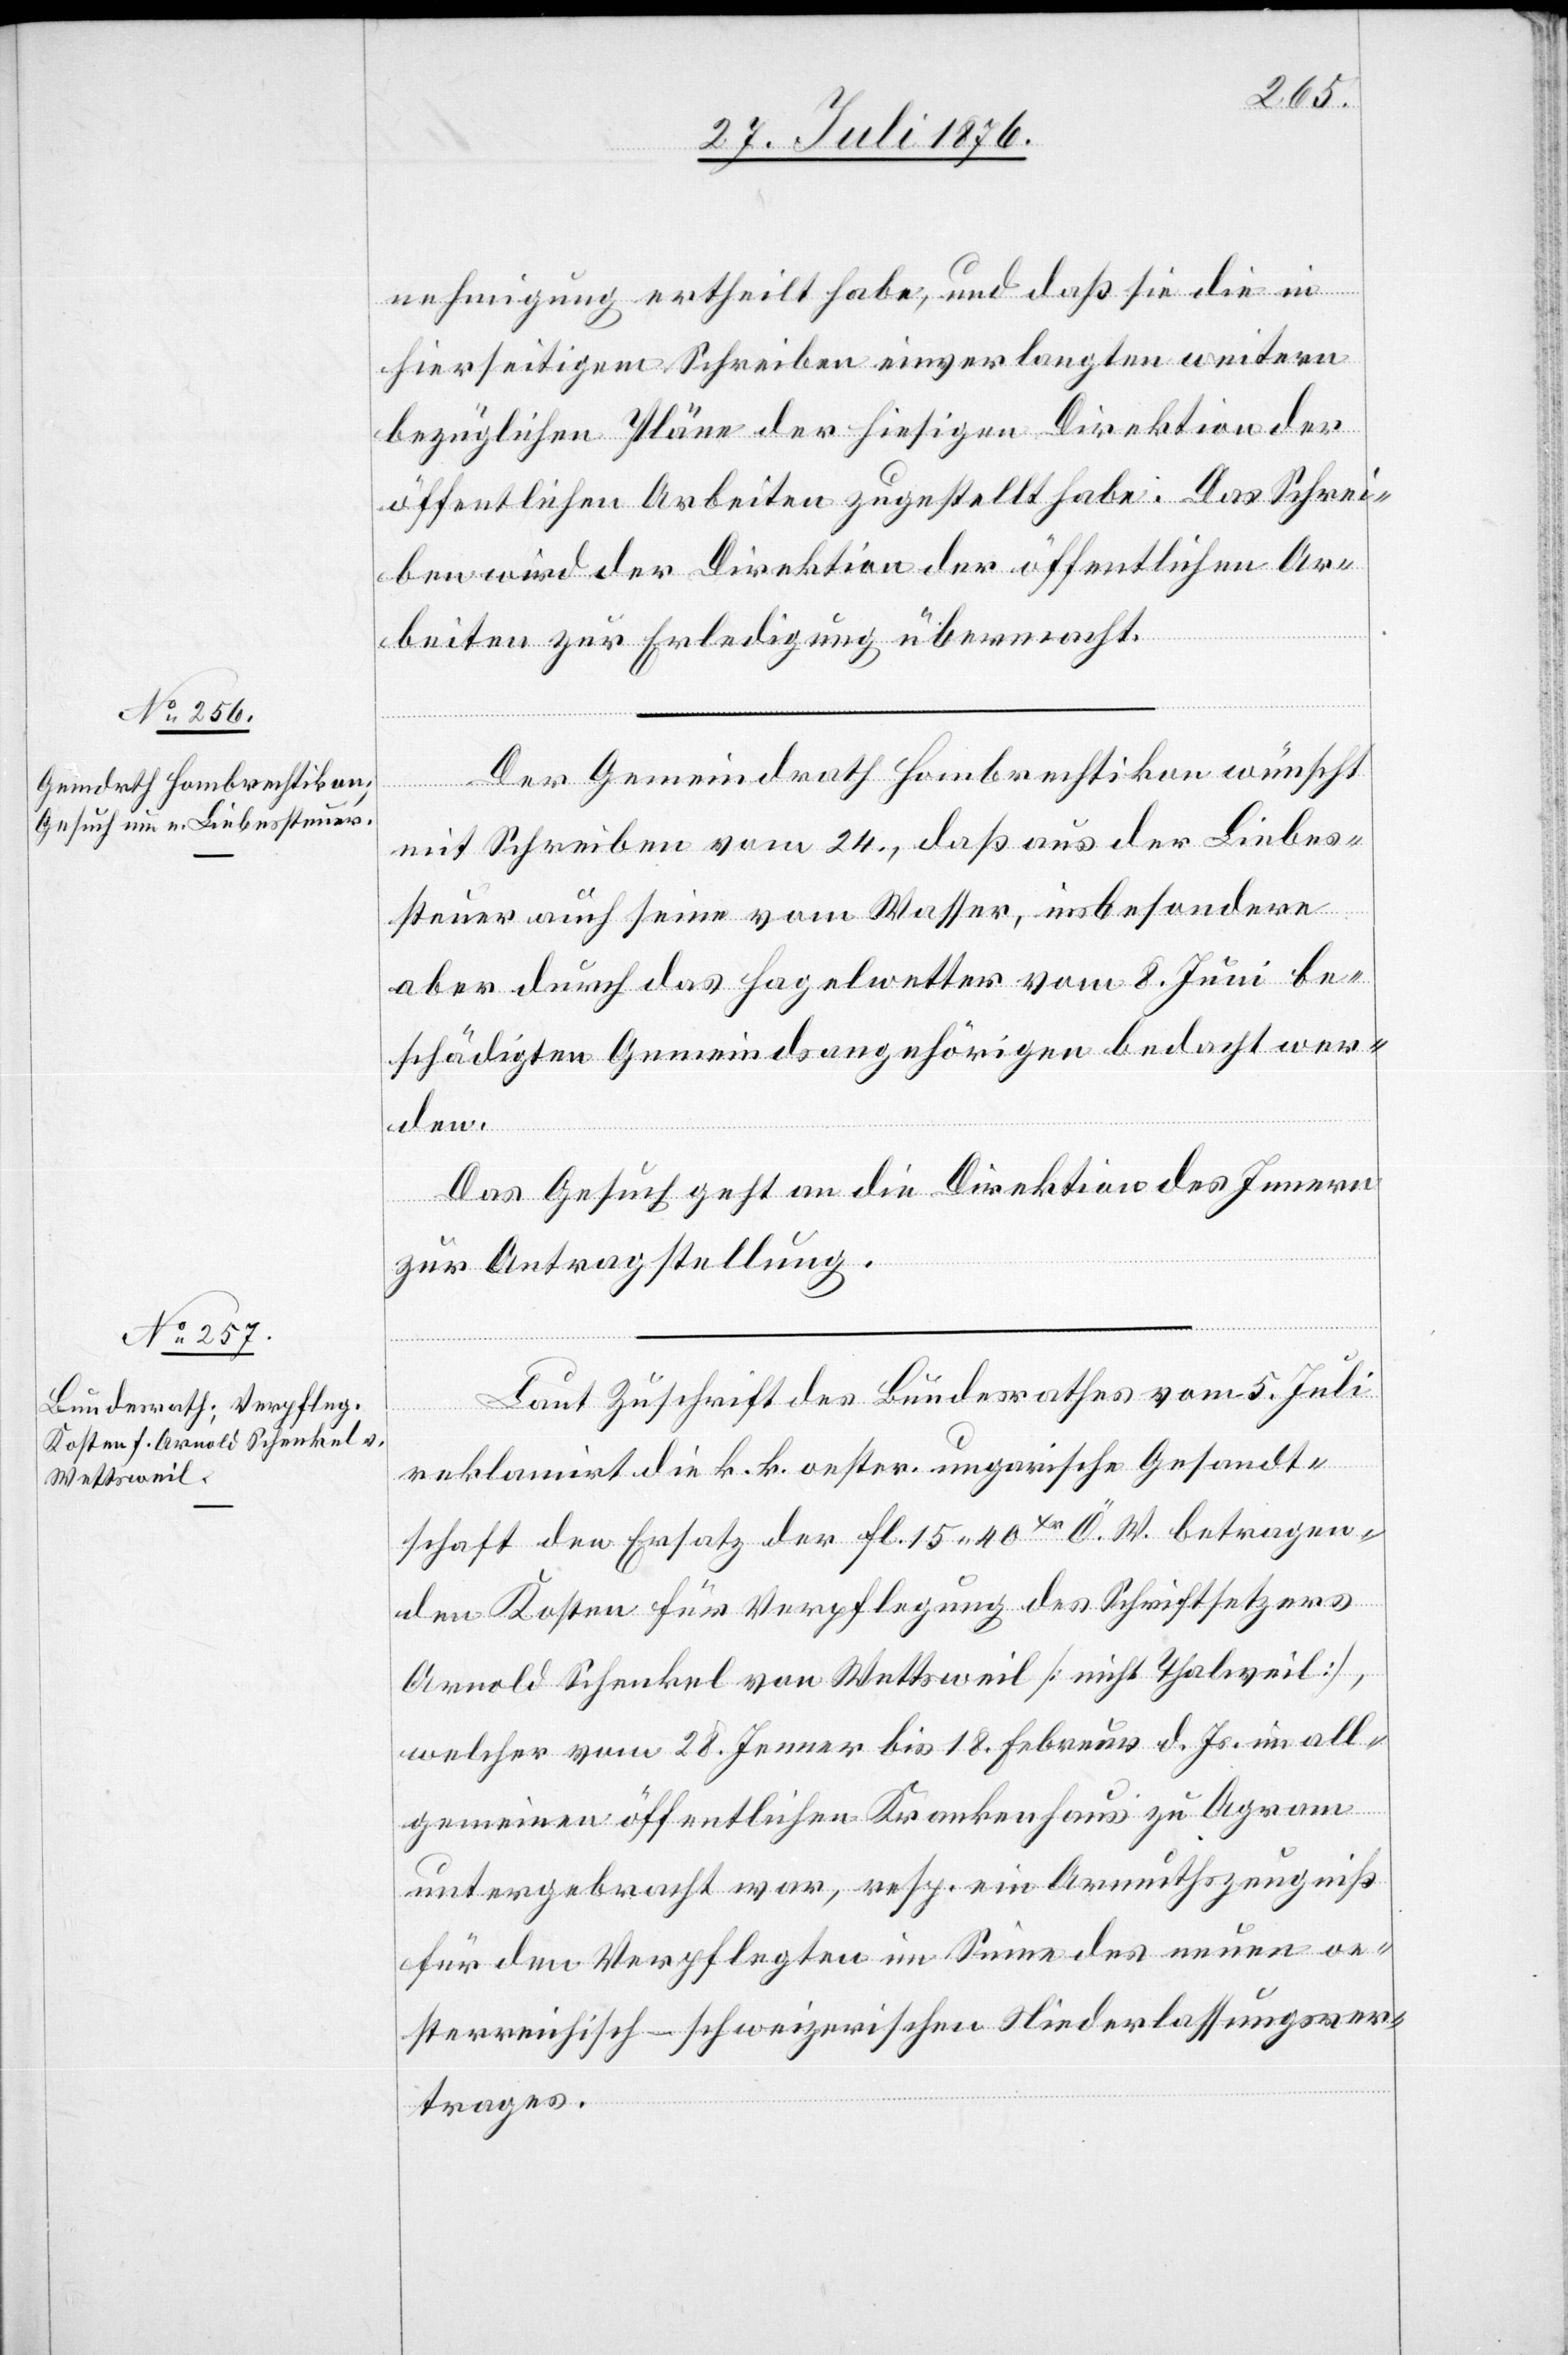
27. Juli 1876.]
nehmigung ertheilt habe, und daß sie die in
hierseitigem Schreiben einverlangten weitern
bezüglichen Pläne der hiesigen Direktion der
öffentlichen Arbeiten zugestellt habe. Das Schrei¬
ben wird der Direktion der öffentlichen Ar¬
beiten zur Erledigung übermacht.
Der Gemeindrath Hombrechtikon wünscht
mit Schreiben vom 24., daß aus der Liebes¬
steuer auch seine vom Wasser, insbesondere
aber durch das Hagelwetter vom 8. Juni be¬
schädigten Gemeindsangehörigen bedacht wer¬
den.
Das Gesuch geht an die Direktion des Innern
zur Antragstellung.
Laut Zuschrift des Bundesrathes vom 5. Juli
reklamirt die k. k. oester. ungarische Gesandt¬
schaft den Ersatz der fl. 15 40Xr. Ö. W. betragen¬
den Kosten für Verpflegung des Schriftsetzers
Arnold Schenkel von Wettsweil [nicht Thalweil],
welcher vom 28. Jenner bis 18. Februar d. Js. im all¬
gemeinen öffentlichen Krankenhaus zu Agram
untergebracht war, resp. ein Armuthszeugniß
für den Verpflegten im Sinne des neuen oe¬
sterreichisch-schweizerischen Niederlassungsver¬
trages.